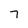
Character: 7